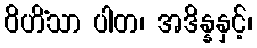
ဝိဟိံသာ ပါတ၊ အဒိန္နနှင့်၊